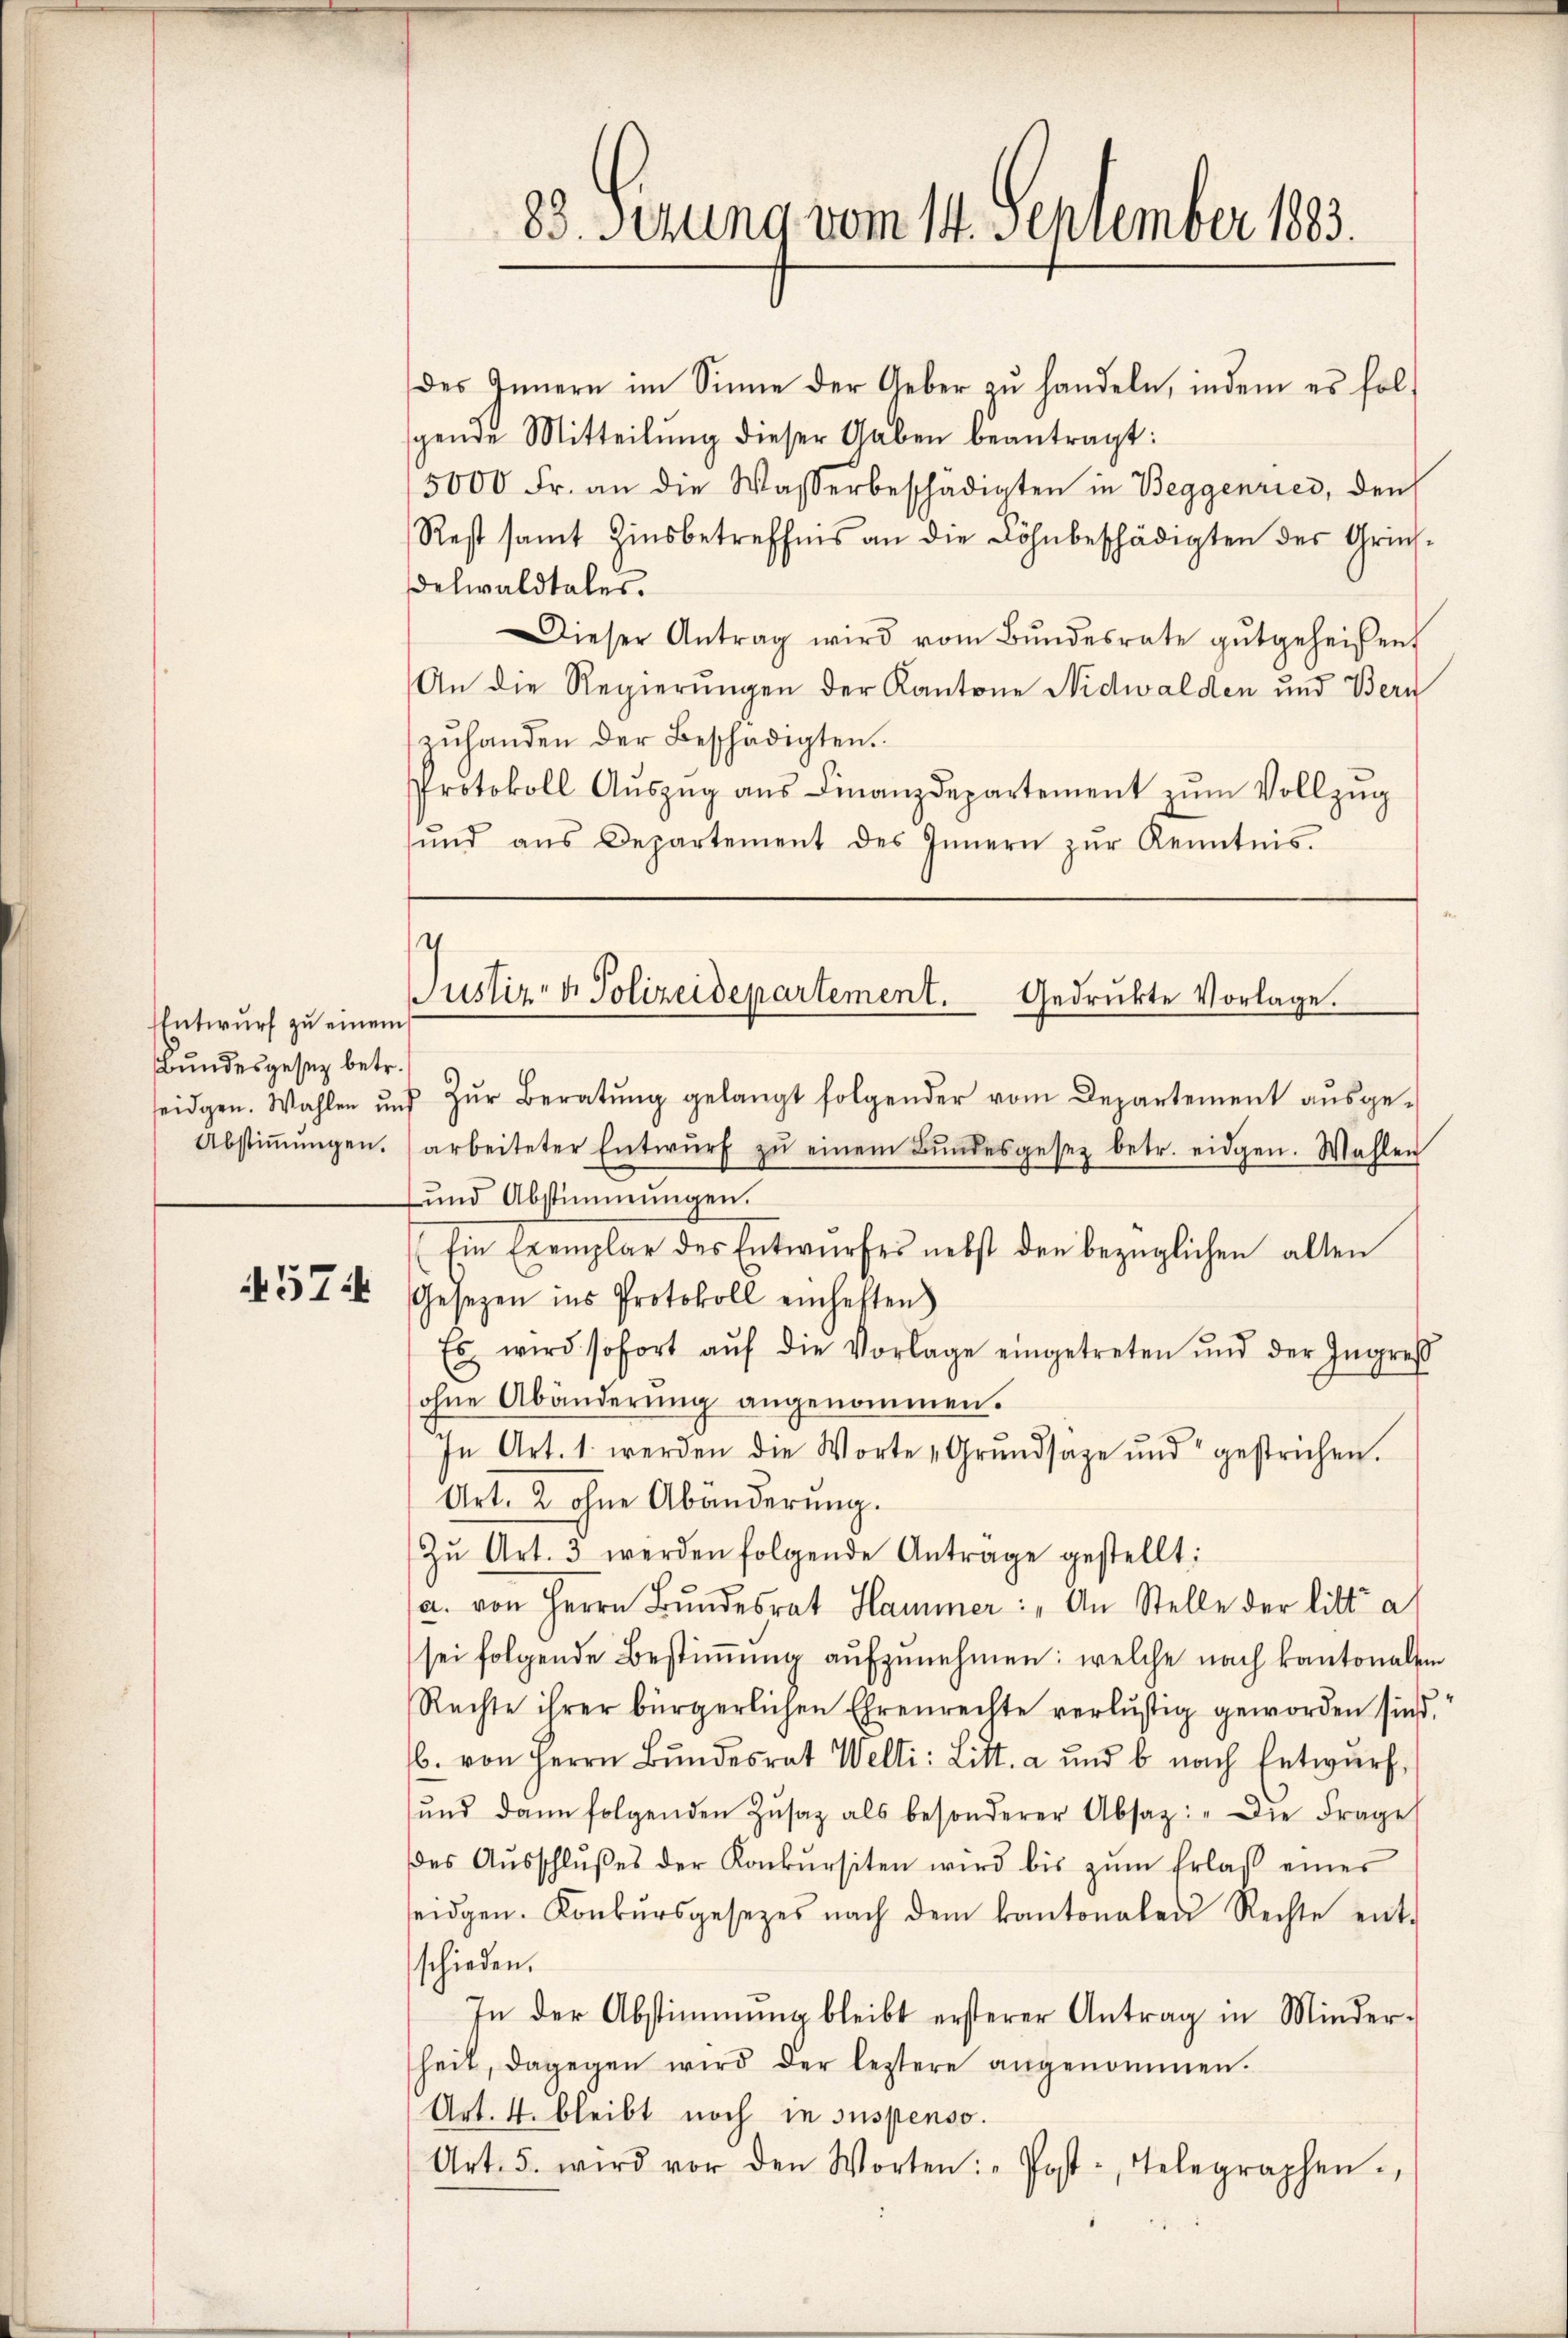
Entwurf zu einem
Bundesgesetz betr.

57:

des Innern im Sinne der Ueber zŭ handeln, indem es fol-
gende Mitteilŭng dieser Gaben beantragt:
5000 Fr. an die Wasserbeschädigten in Beggenries, den
Rest samt Zinsbetreffnis an die Löhnbeschädigten der Griesdelwaldtales.
Dieser Antrag wird vom Bŭndesrate gutgeheißen
An die Regierungen der Kantone Nidwalden und Bern
zŭhanden der Beschädigten.
Protokoll Aŭszŭg aŭs Finanzdepartement zŭm Vollzŭg
ŭnd ans Departement des Innern zŭr Kenntnis.

seidgen. Wahlen und zŭr Beratŭng gelangt folgender vom Departement aŭsge-
Abstiṁŭngen. (arbeiteter Entwŭrf zŭ einem Bŭndesgesez betr. eidgen. Wahlen
und Abstimmungen.
Ein Exemplar des Entwŭrfes nebst den bezüglichen alten
Gesezen ins Protokoll einheften)
Es wird sofort aŭf die Vorlage eingetreten und der Ingreß
ohne Abänderŭng angenommen.
In Art. 1. werden die Worte „Grŭndsage und gestrichen.
Art. 2 ohne Abänderŭng.
Zŭ Art. 3 werden folgende Anträge gestellt:
a. von Herrn Bŭndesrat Hammer: „An Stelle der litt al
sei folgende Bestimmung aufzunehmen: welche nach kantonalem
Rechte ihrer bürgerlichen Ehrenrechte verlustig geworden sind,
b. von Herrn Bŭndesrat Welti: Litt. a und b. nach Entwŭrf
ŭnd dann folgenden Zŭsaz als besonderer Absatz: „Die Frage
des Aŭsschlŭβes der Konkŭrsiten wird bis zŭm Erlaβ einer
seidgen. Konkŭrsgesetzes nach dem kantonalen Rechte ent-
schieden.
In der Abstimmung bleibt ersterer Antrag in Minder-
heit, dagegen wird der leztere angenommen.
Art. 4. bleibt noch in suspenso.
Art. 5. wird vor den Worten: „Post- Telegraphen.

33. Ferung vom 14. September 1883.

s
Justiz- & Polizeidepartement. Gedrükte Vorlage.